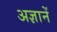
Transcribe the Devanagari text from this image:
अज्ञानें